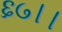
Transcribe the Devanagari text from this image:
६७।।